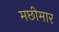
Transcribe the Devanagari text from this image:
मछीमार